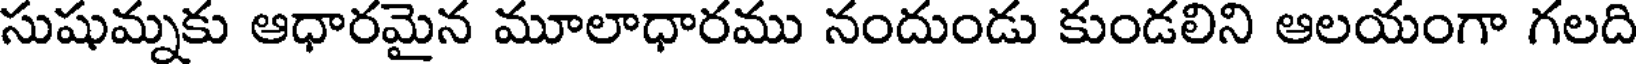
సుషుమ్నకు ఆధారమైన మూలాధారము నందుండు కుండలిని ఆలయంగా గలది